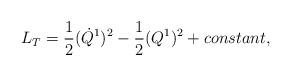
LaTeX: \begin{align*}L_{T}=\frac{1}{2}(\dot{Q}^{1})^{2}-\frac{1}{2}(Q^{1})^{2}+{constant},\end{align*}